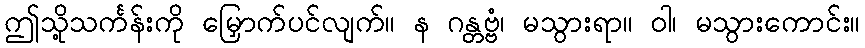
ဤသို့သင်္ကန်းကို မြှောက်ပင်လျက်။ န ဂန္တဗ္ဗံ၊ မသွားရာ။ ဝါ၊ မသွားကောင်း။